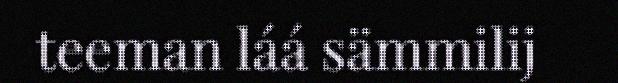
teeman láá sämmilij